NAE_ERA_R-30_Eesti_Riiklik_Spordiamet, lk 173
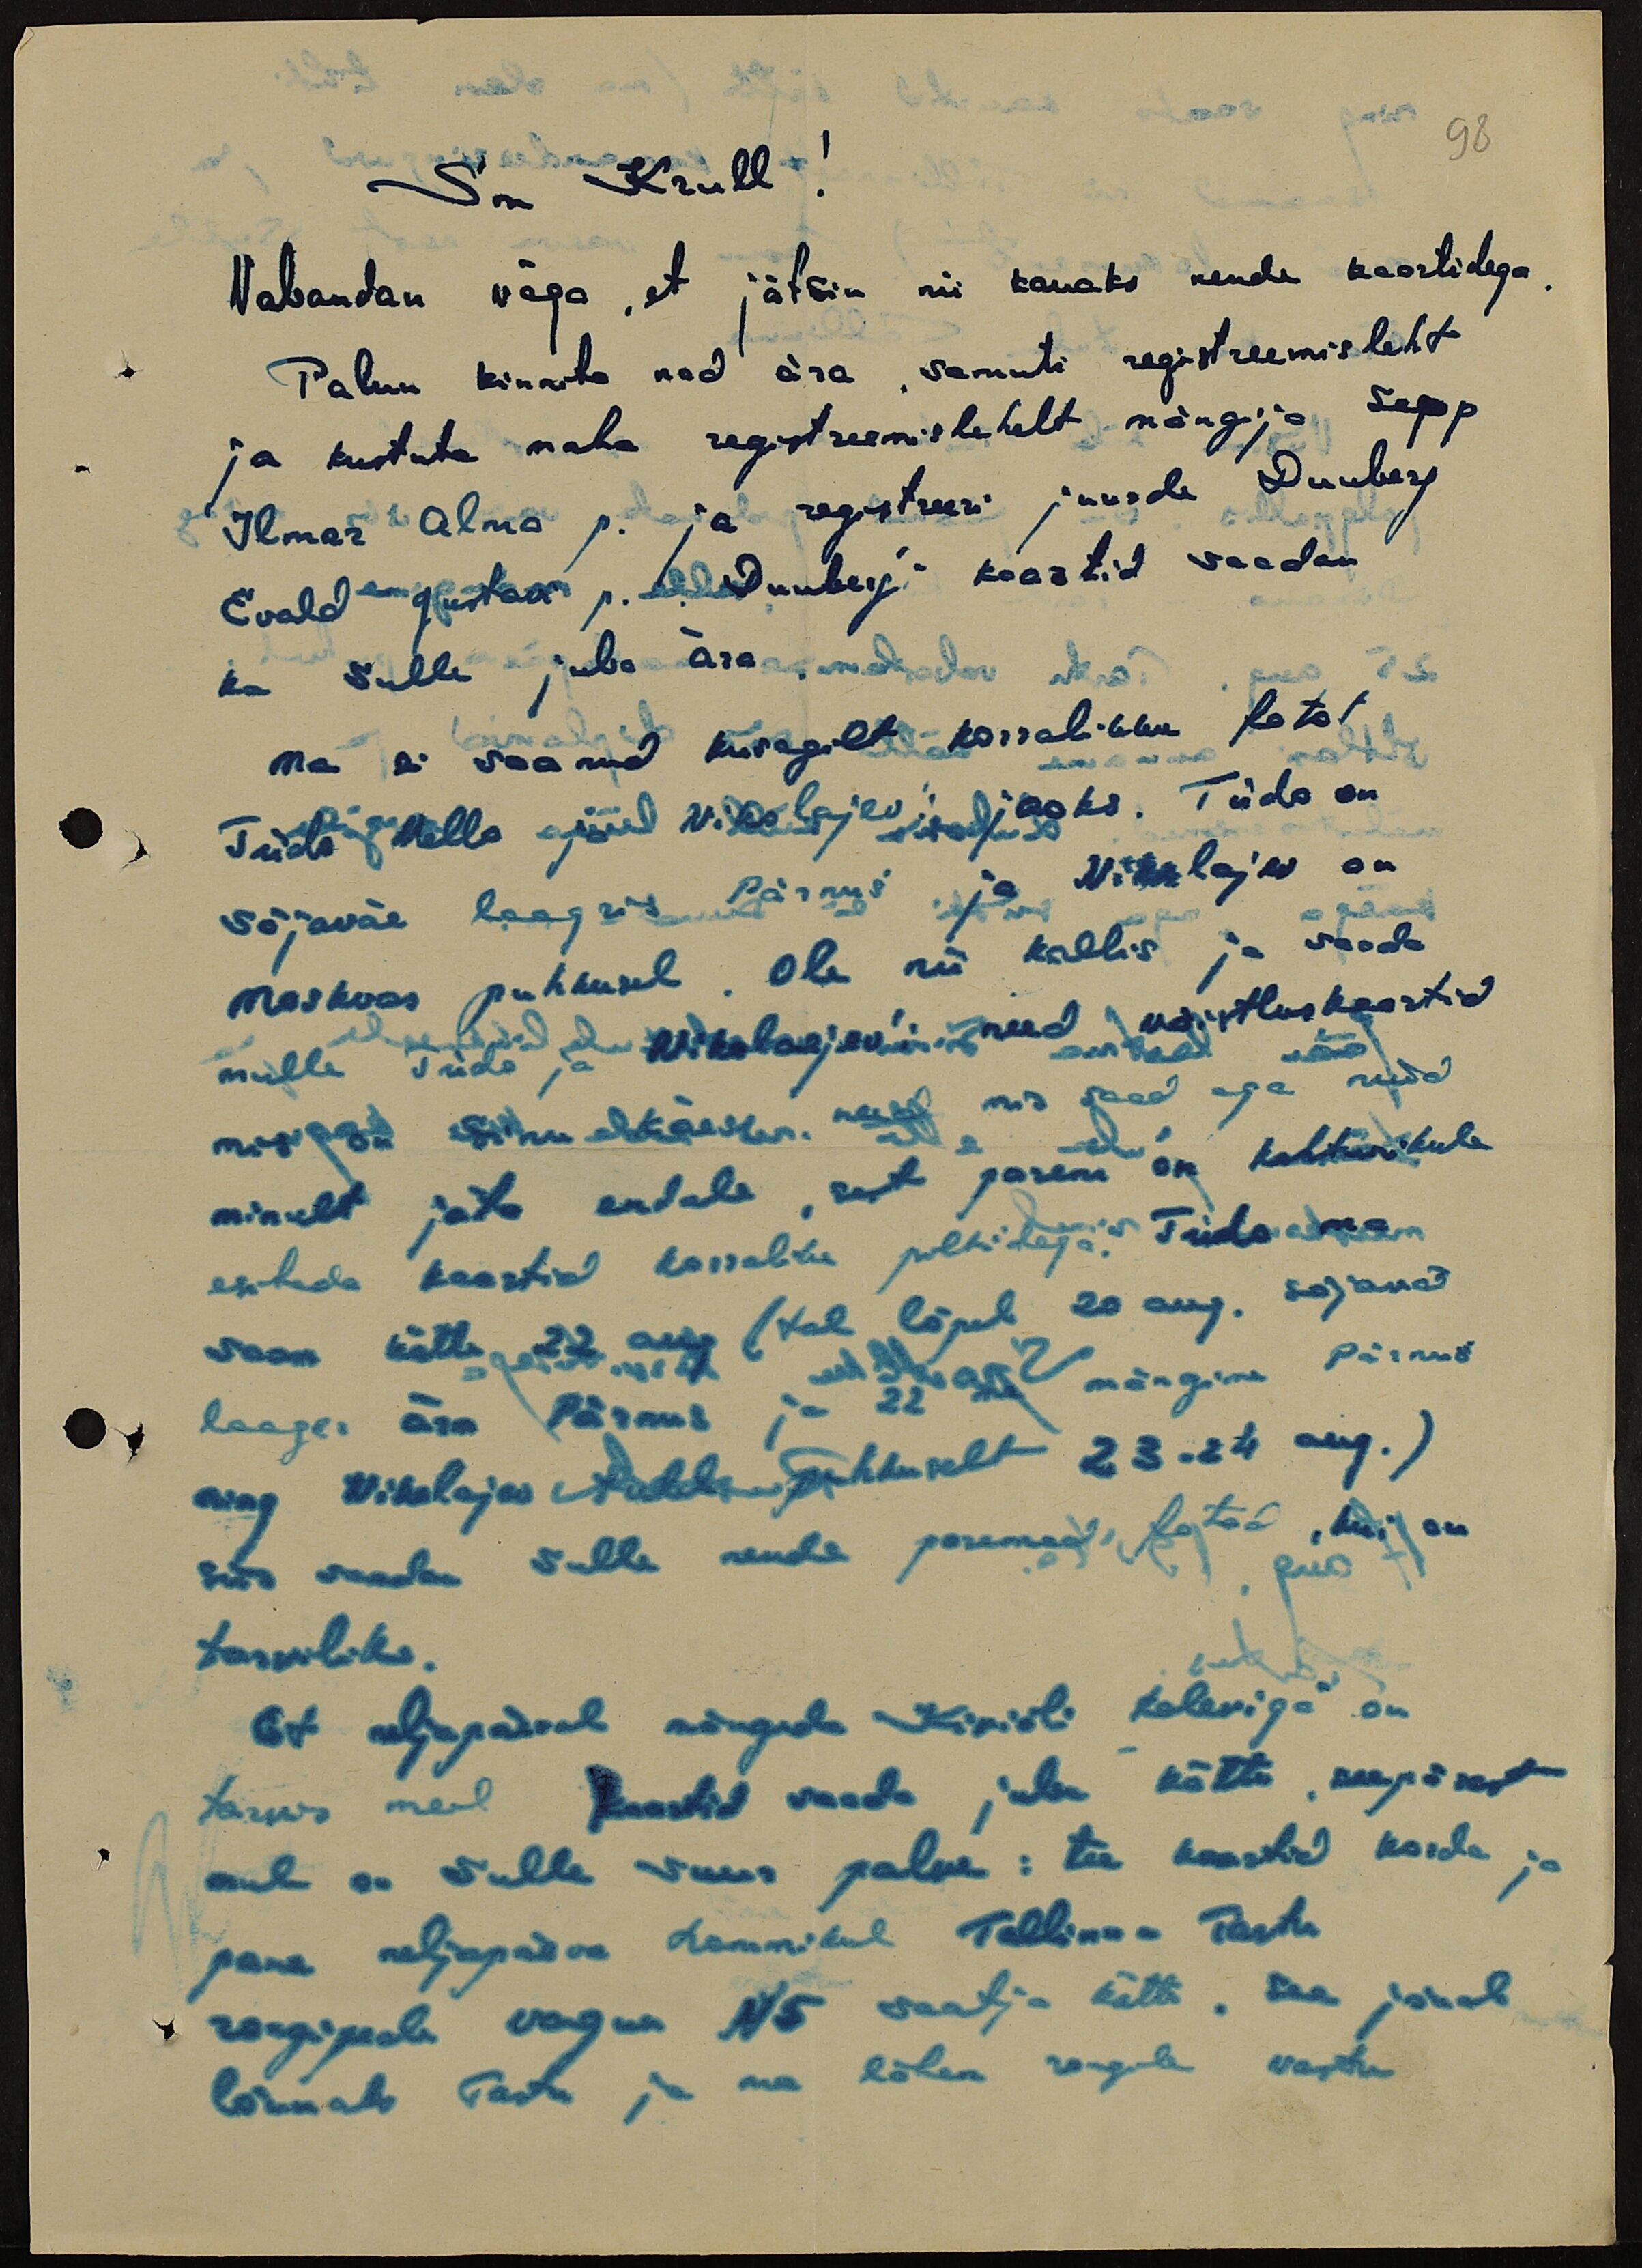
98

Sm Krull!
Vabandan väga, et jätsin nii kauaks nende kaartidega.
Palun kinnita nad ära, samuti registreemisleht
ja kustuta maha registreemislehelt mängija Sepp
Ilmar Alma p. ja registreeri juurde Dunberg
Evald Gustavi p.. Dunberg´i kaartid saadan
ka Sulle juba ära.
Ma ei saanud kusagilt korralikku fotot
Tiido Vello ja Nikolajev´i jaoks. Tiido on
sõjaväe laagris Pärnus ja Nikolajev on
Moskvas puhkusel. Ole nii kallis ja saada
mulle Tiido ja Nikolaejev´i need võistluskaartid
mis on Sinu käes, need mis saad aga neid
ainult jäta endale, sest parem on kohtunikule
esitada kaartid korralike piltidega. Tiido ma
saan kätte 22 aug. (tal lõpeb 20 aug. sõjaväe
laager ära Pärnus ja 22 me mängime Pärnus
ning Nikolajev  tuleb puhkuselt 23-24 aug.)
siis saadan Sulle nende paremad fotod, kui on
tarviliku.
Et neljapäeval mängida Kiviõli "Kaleviga" on
tarvis meil kaartid saada juba kätte, seepärast
mul on Sulle suur palve: tee kaartid korda ja
pane neljapäeva hommikul Tallinn - Tartu
rongipeale vagun N5 saatja kätte. See jõuab
lõunaks Tartu ja ma lähen rongile vastu